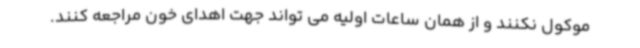
موکول نکنند و از همان ساعات اولیه می تواند جهت اهدای خون مراجعه کنند.